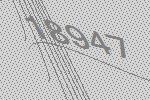
18947